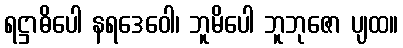
ရဋ္ဌာဓိပေါ နရဒေဝေါ၊ ဘူမိပေါ ဘူဘုဇော ပျထ။